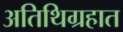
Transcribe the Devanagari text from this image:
अतिथिग्रहात